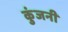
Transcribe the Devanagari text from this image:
कुंजनी